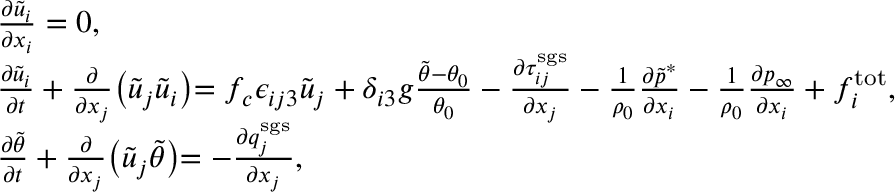
\begin{array} { r l } & { \frac { \partial \tilde { u } _ { i } } { \partial x _ { i } } = 0 , } \\ & { \frac { \partial \tilde { u } _ { i } } { \partial t } + \frac { \partial } { \partial x _ { j } } \bigl ( \tilde { u } _ { j } \tilde { u } _ { i } \bigl ) = f _ { c } \epsilon _ { i j 3 } \tilde { u } _ { j } + \delta _ { i 3 } g \frac { \tilde { \theta } - \theta _ { 0 } } { \theta _ { 0 } } - \frac { \partial \tau _ { i j } ^ { \mathrm { s g s } } } { \partial x _ { j } } - \frac { 1 } { \rho _ { 0 } } \frac { \partial \tilde { p } ^ { \ast } } { \partial x _ { i } } - \frac { 1 } { \rho _ { 0 } } \frac { \partial p _ { \infty } } { \partial x _ { i } } + f _ { i } ^ { \mathrm { t o t } } , } \\ & { \frac { \partial \tilde { \theta } } { \partial t } + \frac { \partial } { \partial x _ { j } } \bigl ( \tilde { u } _ { j } \tilde { \theta } \bigl ) = - \frac { \partial q _ { j } ^ { \mathrm { s g s } } } { \partial x _ { j } } , } \end{array}